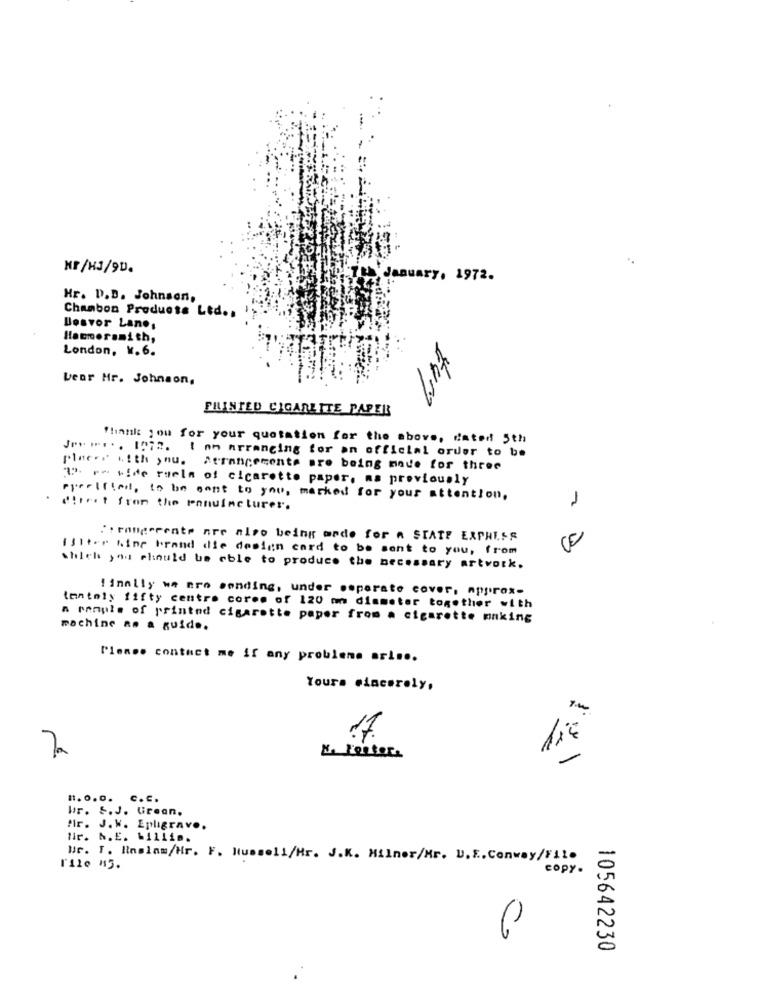
MF /HJ/9D.
January. 1972.
Hr. D.B. Johnson,
Chambon Products Ltd ..
Bosvor Lane,
Hammersmith,
London, W.6.
Dear Mr. Johnson,
PRINTED CIGARLITE PAPER
Thank you for your quotation for the above, dated 5th
Jere ... 1972. ( on arranging for an official order to be
placer with you. Arrangements are being made for three
12. re wide ruela of cicarotte paper, as previously
preelftal, to be sent to you, marked for your attention,
dieet from the panuinclurer.
"irangerente are also being orde for a STATE EXPRESS
filter Kinr brand die design card to be sent to you, from
which you should be able to produce the necessary artwork.
finally wa nro sending, under seperate cover, approx-
tantoly fifty centro cores of 120 mm diameter together with
n pample of printed cigarette paper from a cigarette making
machine no a guide.
Please contact me if any probleme ari ...
Yours sincerely,
17
X- L'onter.
-
1. 0.0. C.C.
bir. S.J. Grean.
fr. J. W. Epligrave.
Bir. N.E. Willim.
Mr. T. Haslam/Hr. F. Russell/Hr. J.K. Milner/Mr. U. E. Conway/File
copy.
105642230